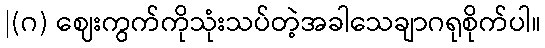
|(ဂ) ဈေးကွက်ကိုသုံးသပ်တဲ့အခါသေချာဂရုစိုက်ပါ။